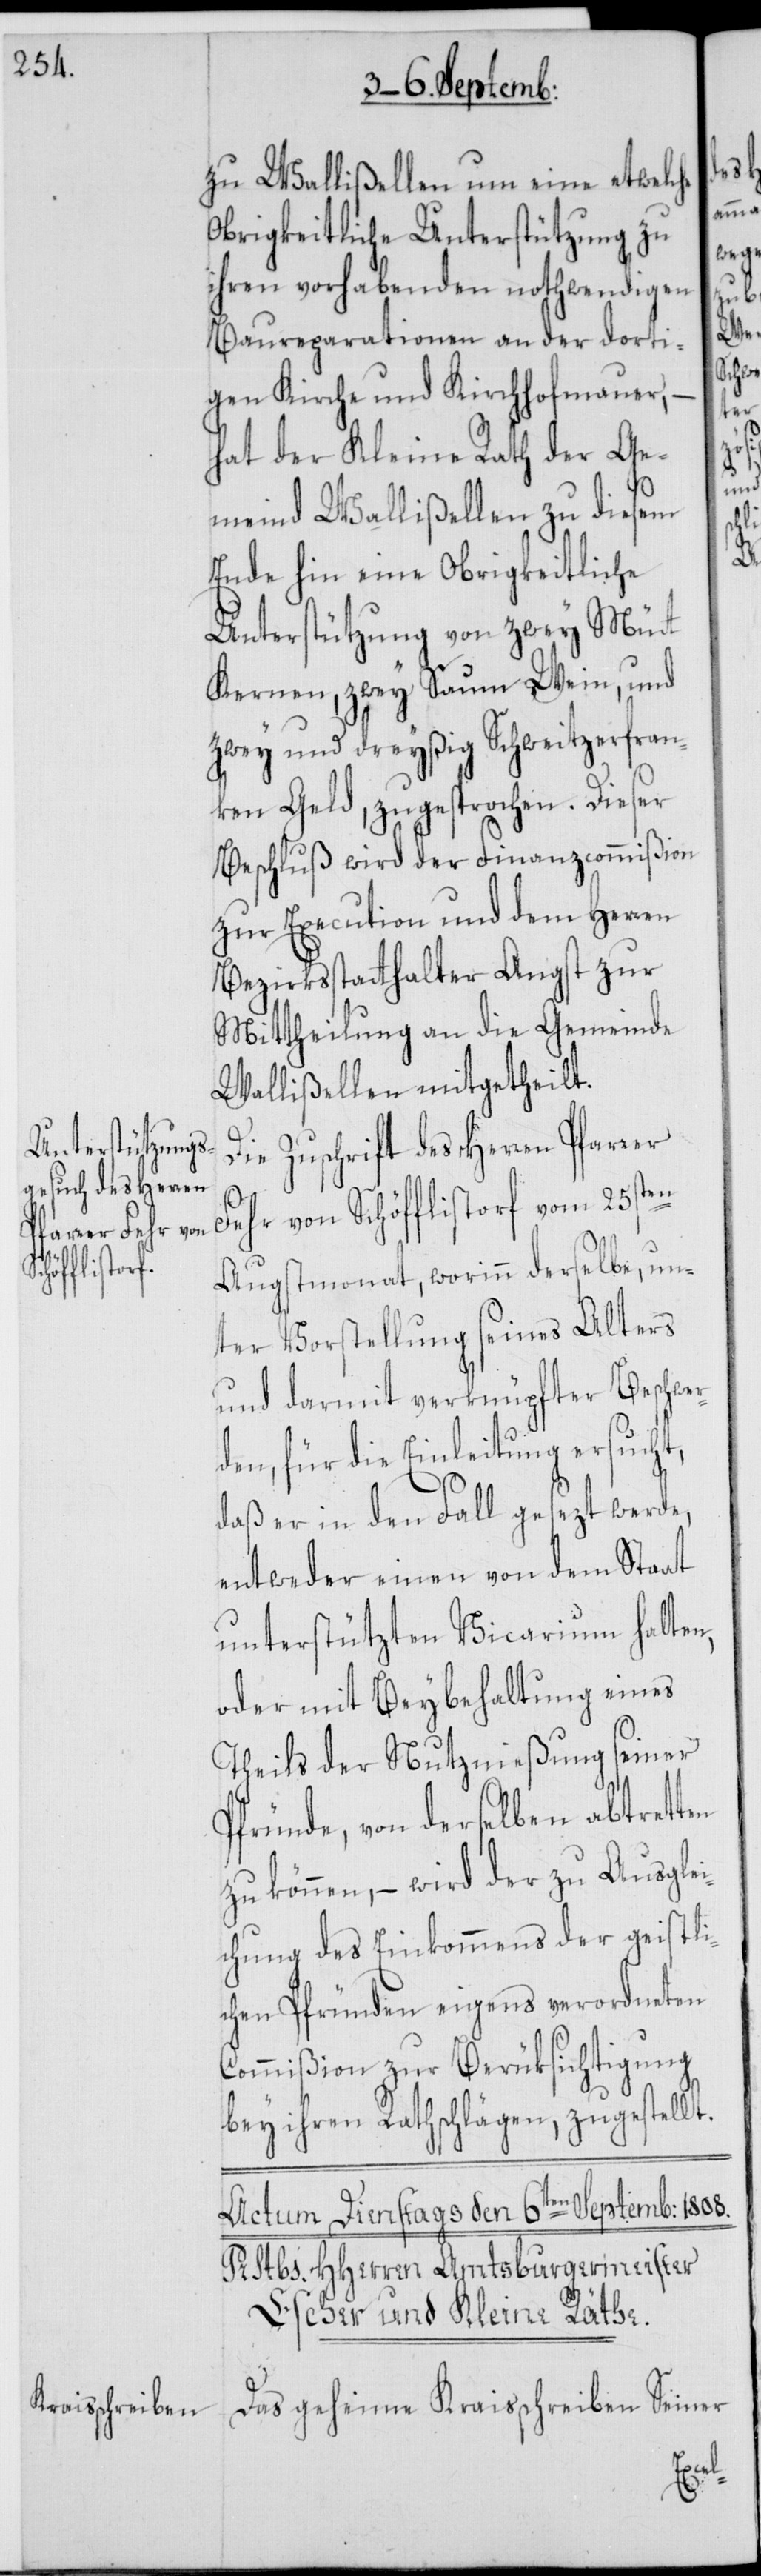
zu Wallißellen, um eine etwelche
Obrigkeitliche Unterstützung zu
ihren vorhabenden nothwendigen
Baureparationen an der dorti¬
gen Kirche und Kirchhofmauer,
hat der Kleine Rath der Ge¬
meind Wallißellen zu diesem
Ende hin eine Obrigkeitliche
Unterstützung von zwey Mütt
Kernen, zwey Saum Wein, und
zwey und dreyßig Schweitzerfran¬
ken Geld, zugesprochen. Dieser
Beschluß wird der Finanzcommißion
zur Execution und dem Herren
Bezirksstatthalter Angst zur
Mittheilung an die Gemeinde
Wallißellen mitgetheilt.
Die Zuschrift des Herren Pfarrer
en
Fehr von Schöfflistorf vom 25st¬
Augstmonat, worinn derselbe, un¬
ter Vorstellung seines Alters
und darmit verknüpfter Beschwer¬
den, für die Einleitung ersucht,
daß er in den Fall gesezt werde,
entweder einen von dem Staat
unterstützten Vicarium halten,
oder mit Beybehaltung eines
Theils der Nutznießung seiner
Pfründe, von derselben abtrett¬
zu können, – wird der zu Ausglei¬
chung des Einkommens der geistli¬
chen Pfründen eigens verordneten
Commißion zur Berüksichtigung
bey ihren Rathschlägen, zugestellt.
Das geheime Kraisschreiben Seiner